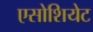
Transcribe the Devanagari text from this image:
एसोशियेट